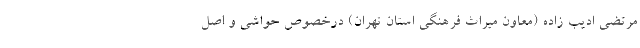
مرتضی ادیب زاده (معاون میراث فرهنگی استان تهران) درخصوص حواشی و اصل